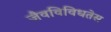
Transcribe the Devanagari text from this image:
जैवविविधतेस